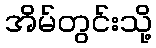
အိမ်တွင်းသို့